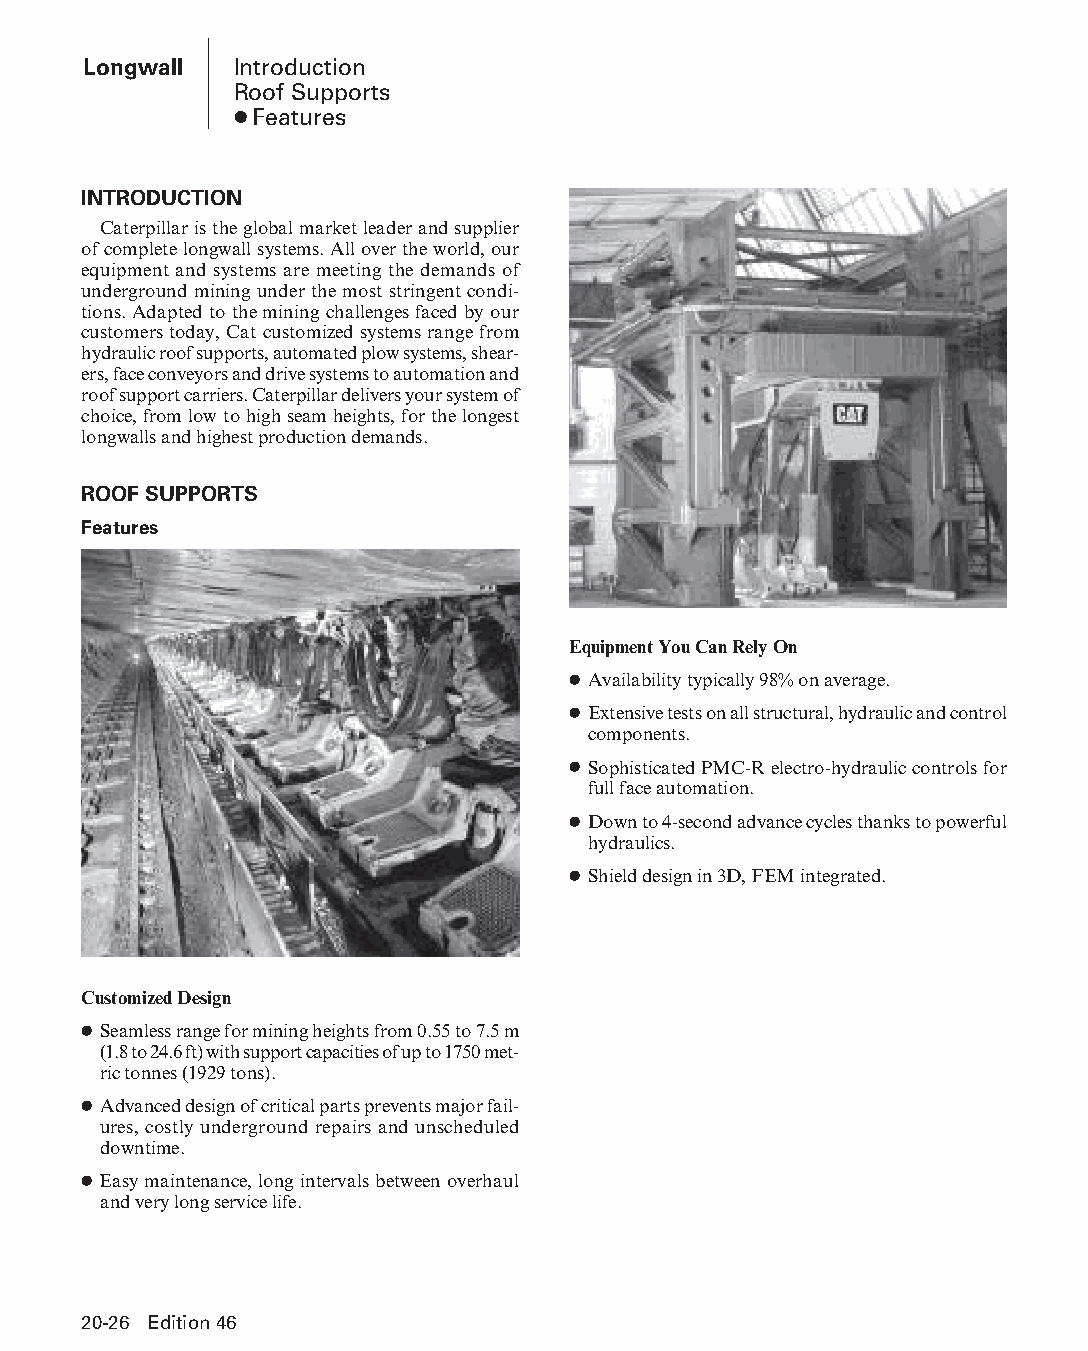
Longwall  Introduction
 Roof Supports
 ● Features
 INTRODUCTION
 Caterpillar is the global market leader and supplier
 of complete longwall systems. All over the world, our
 equipment and systems are meeting the demands of
 underground mining under the most stringent condi-
 tions. Adapted to the mining challenges faced by our
 customers today, Cat customized systems range from
 hydraulic roof supports, automated plow systems, shear-
 ers, face conveyors and drive systems to automation and
 roof support carriers. Caterpillar delivers your system of
 choice, from low to high seam heights, for the longest
 longwalls and highest production demands.
 ROOF SUPPORTS
 Features
 Equipment You Can Rely On
 ● Availability typically 98% on average.
 ● Extensive tests on all structural, hydraulic and control
 components.
 ● Sophisticated PMC-R electro-hydraulic controls for
 full face automation.
 ● Down to 4-second advance cycles thanks to powerful
 hydraulics.
 ● Shield design in 3D, FEM integrated.
 Customized Design
 ● Seamless range for mining heights from 0.55 to 7.5 m
 (1.8 to 24.6 ft) with support capacities of up to 1750 met-
 ric tonnes (1929 tons).
 ● Advanced design of critical parts prevents major fail-
 ures, costly underground repairs and unscheduled
 downtime.
 ● Easy maintenance, long intervals between overhaul
 and very long service life.
 20-26 Edition 46
 PPHHBB--SSeecc2200--LLoonnggwwaallll((ppgg002255--112200))..iinndddd 2266 1122//44//1155 1111::0022 AAMM